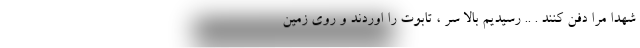
شهدا مرا دفن کنند . .. رسیدیم بالا سر ، تابوت را اوردند و روی زمین